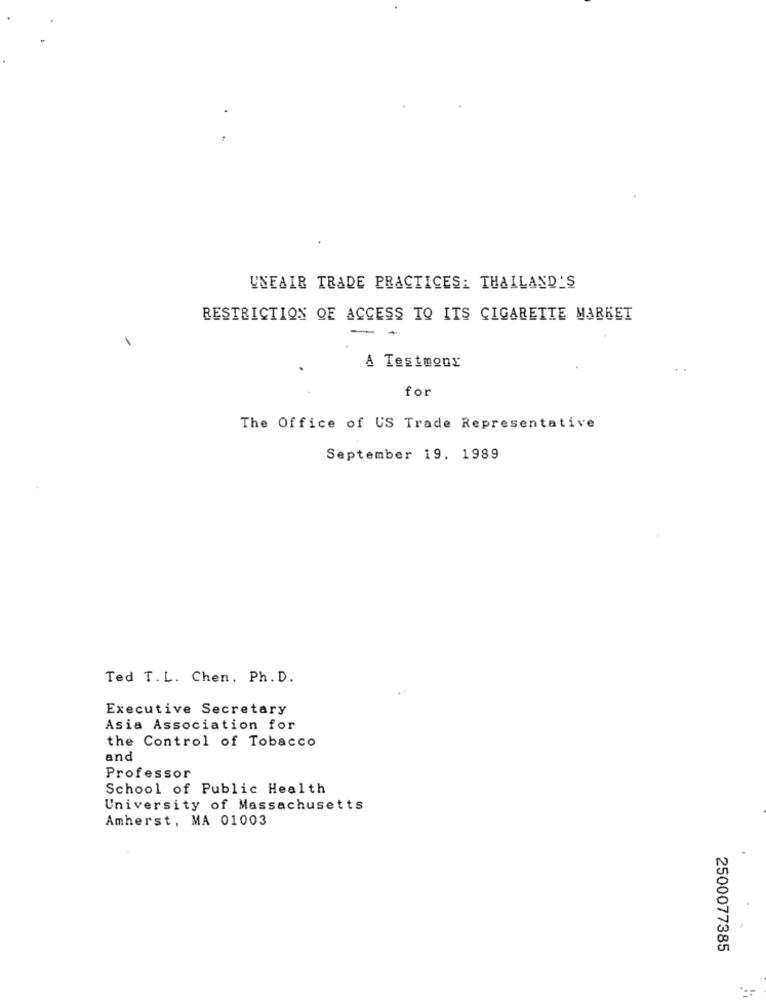
UNFAIR TRADE PRACTICES: THAILAND'S
RESTRICTION QE ACCESS TO ITS CIGARETTE MARKET
- -
A Testmony
for
The Office of US Trade Representative
September 19, 1989
Ted T.L. Chen. Ph. D.
Executive Secretary
Asia Association for
the Control of Tobacco
and
Professor
School of Public Health
University of Massachusetts
Amherst, MA 01003
2500077385